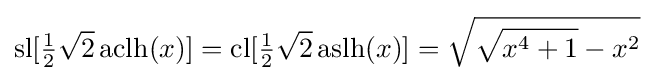
{\text{sl}}[{\tfrac {1}{2}}{\sqrt {2}}\,{\text{aclh}}(x)]={\text{cl}}[{\tfrac {1}{2}}{\sqrt {2}}\,{\text{aslh}}(x)]={\sqrt {{\sqrt {x^{4}+1}}-x^{2}}}